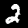
Digit: 2